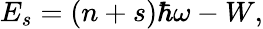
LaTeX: E_{s}=(n+s)\hbar\omega-W,